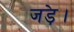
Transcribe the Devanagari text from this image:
जड़े।